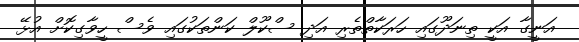
އަނީގާ އަކީ ތިނަދޫގައި ހަރަކާތްތެރި އަދި ސްކޫލް ކަންތަކުގައި ވެސް ހީވާގިކޮށް އުޅޭ